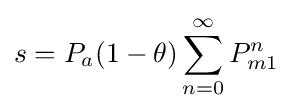
s=P_{a}(1-\theta )\sum _{n=0}^{\infty }P_{m1}^{n}